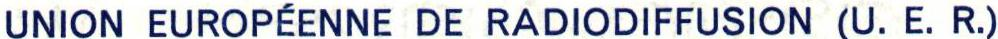
UNION EUROPÉENNE DE RADIODIFFUSION (U. E. R.)